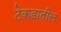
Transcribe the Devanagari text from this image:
टेकडातील